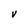
Character: V